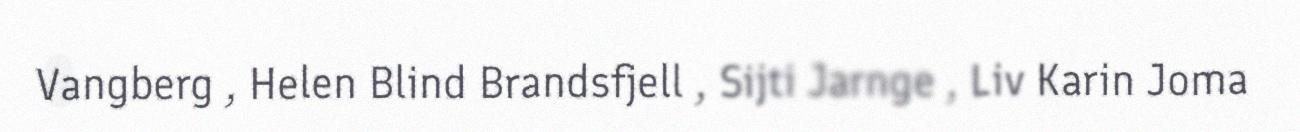
Vangberg , Helen Blind Brandsfjell , Sijti Jarnge , Liv Karin Joma